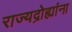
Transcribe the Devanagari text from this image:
राज्यद्रोह्यांना